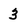
Character: 3